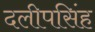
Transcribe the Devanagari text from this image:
दलीपसिंह